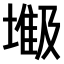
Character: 𫮥